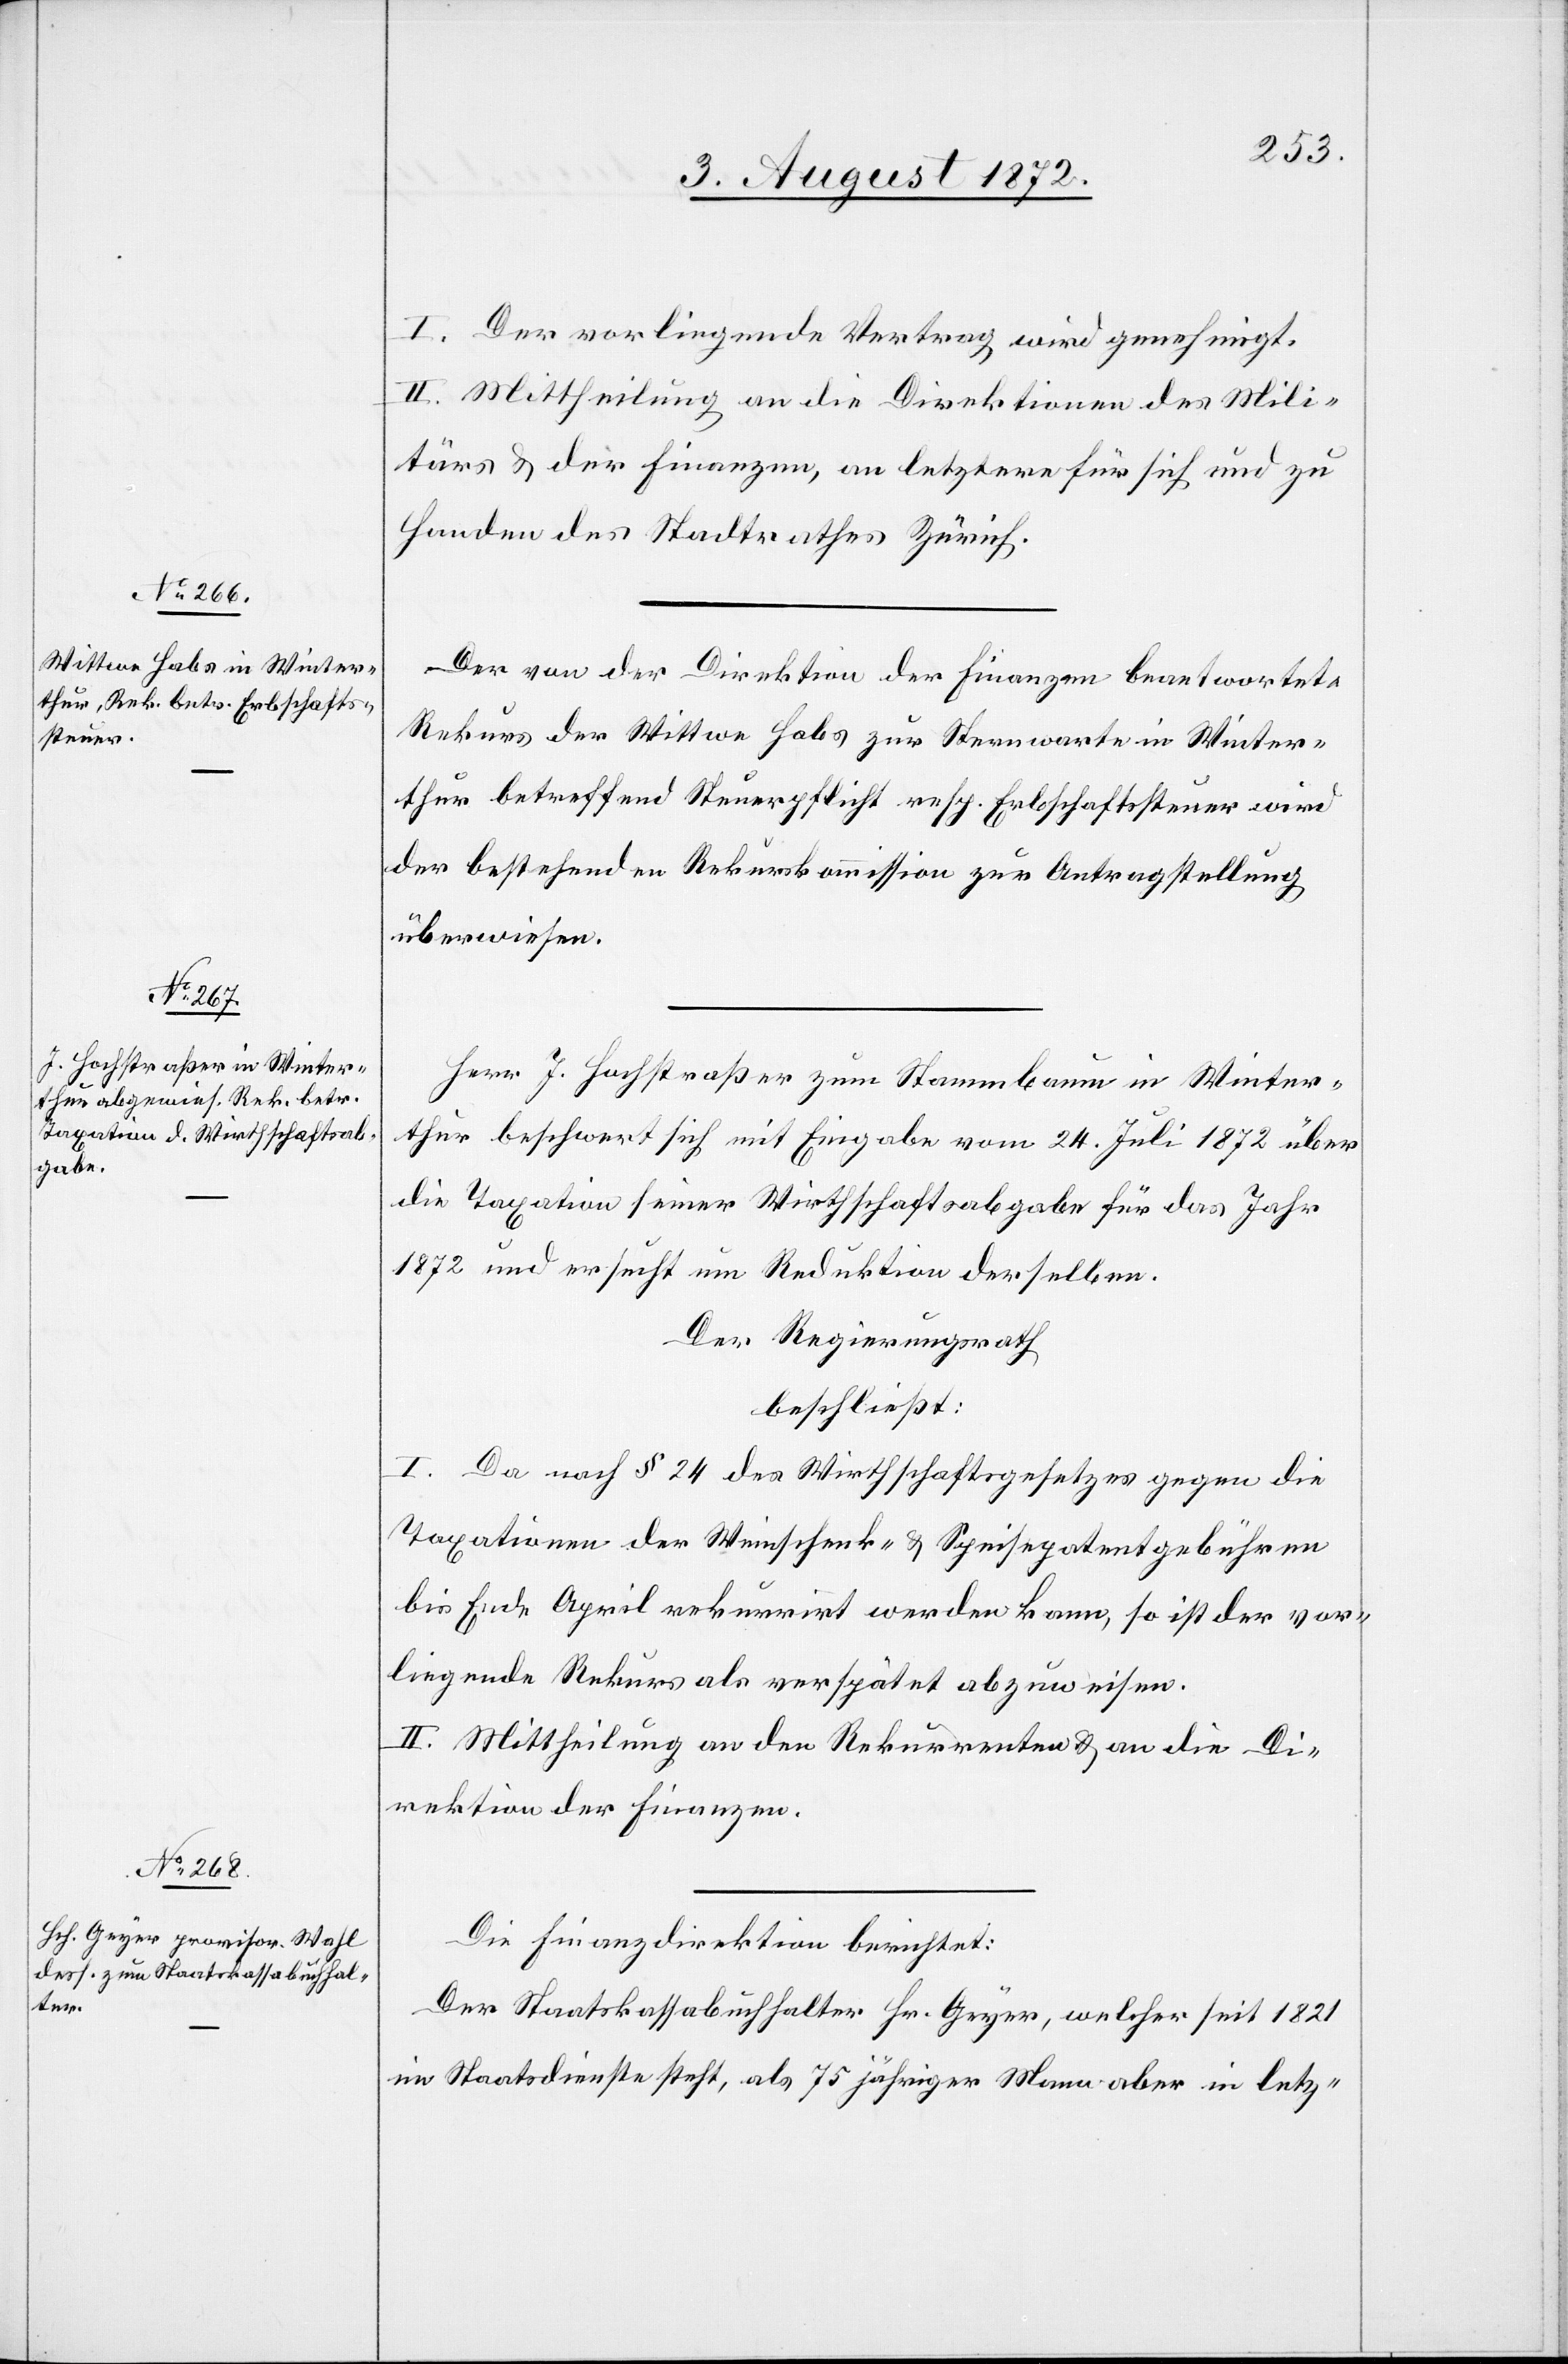
I. Der vorliegende Vertrag wird genehmigt.
II. Mittheilung an die Direktionen des Mili¬
tärs u. der Finanzen, an letztere für sich und zu
Handen des Stadtrathes Zürich.
Der von der Direktion der Finanzen beantwortete
Rekurs der Wittwe Habs zur Sternwarte in Winter¬
thur betreffend Steuerpflicht resp. Erbschaftssteuer wird
der bestehenden Rekurskommission zur Antragstellung
überwiesen.
Herr J. Hochstraßer zum Stammbaum in Winter¬
thur beschwert sich mit Eingabe vom 24. Juli 1872 über
die Taxation seiner Wirthschaftsabgabe für das Jahr
1872 und ersucht um Reduktion derselben.
Der Regierungsrath
beschließt:
I. Da nach § 24 des Wirthschaftsgesetzes gegen die
Taxationen der Weinschenk- u. Speisepatentgebühren
bis Ende April rekurrirt werden kann, so ist der vor¬
liegende Rekurs als verspätet abzuweisen.
II. Mittheilung an den Rekurrenten u. an die Di¬
rektion der Finanzen.
Die Finanzdirektion berichtet:
Der Staatskassabuchhalter Hr. Geyer, welcher seit 1821
im Staatsdienste steht, als 75 jähriger Mann aber in letz-